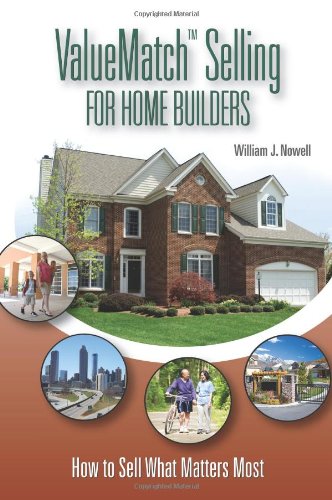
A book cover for ValueMatch Selling for Home Builders: How to Sell What Matters Most; William Nowell; Business & Money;